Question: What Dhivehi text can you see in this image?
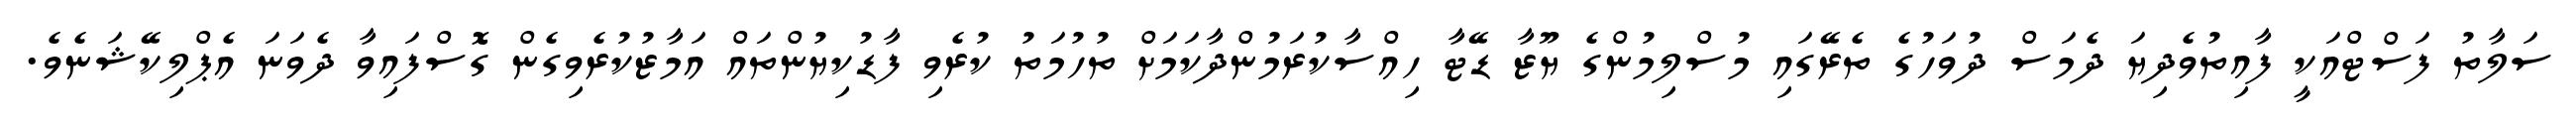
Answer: ސަލާތު ފަސްޓްއަކީ ފާއިތުވެދިޔަ ދެމަސް ދުވަހުގެ ތެރޭގައި މުސްލިމުންގެ ޔޫޒާ ޑޭޓާ ހިއްސާކުރަމުންދާކަމަށް ތުހުމަތު ކުރެވި ފާޑުކިޔުންތައް އަމާޒުކުރެވިގެން ގޮސްފައިވާ ދެވަނަ އެޕްލިކޭޝަނެވެ.